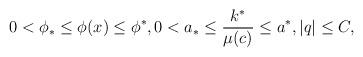
LaTeX: \begin{align*}\begin{aligned}0<\phi_{\ast}\leq\phi(x)\leq\phi^{\ast},0<a_{\ast}\leq\frac{k^{\ast}}{\mu(c)}\leq a^{\ast},| q|\leq C,\end{aligned}\end{align*}